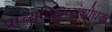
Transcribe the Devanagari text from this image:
प्राच्यविद्यासंशोधक